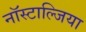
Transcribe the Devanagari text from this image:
नॉस्टाल्जिया